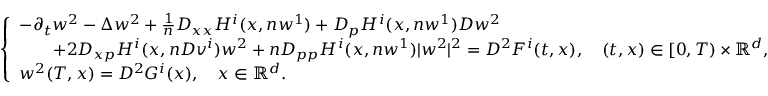
\begin{array} { r } { \left\{ \begin{array} { l l } { - \partial _ { t } w ^ { 2 } - \Delta w ^ { 2 } + \frac { 1 } { n } D _ { x x } H ^ { i } ( x , n w ^ { 1 } ) + D _ { p } H ^ { i } ( x , n w ^ { 1 } ) D w ^ { 2 } } \\ { \qquad + 2 D _ { x p } H ^ { i } ( x , n D v ^ { i } ) w ^ { 2 } + n D _ { p p } H ^ { i } ( x , n w ^ { 1 } ) | w ^ { 2 } | ^ { 2 } = D ^ { 2 } F ^ { i } ( t , x ) , \quad ( t , x ) \in [ 0 , T ) \times { \mathbb R } ^ { d } , } \\ { w ^ { 2 } ( T , x ) = D ^ { 2 } G ^ { i } ( x ) , \quad x \in { \mathbb R } ^ { d } . } \end{array} \right. } \end{array}